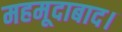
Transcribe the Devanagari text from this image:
महमूदाबाद।